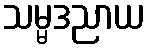
သမ္မဒညာယ